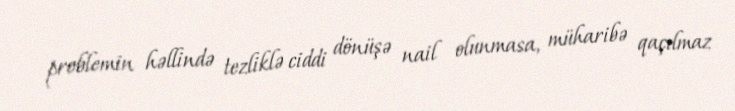
problemin həllində tezliklə ciddi dönüşə nail olunmasa, müharibə qaçılmaz